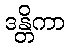
ဒန္တိကာ